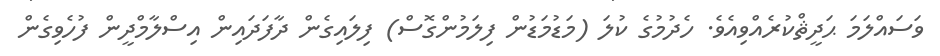
ވަސައްލަމަ ޙަދީޘްކުރެއްވިއެވެ. ހެދުމުގެ ކުލަ (މަޑުމަޑުން ފިލަމުންގޮސް) ފިލައިގެން ދާފަދައިން އިސްލާމްދީން ފުހެވިގެން